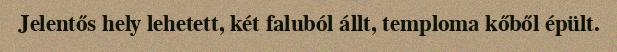
Jelentős hely lehetett, két faluból állt, temploma kőből épült.